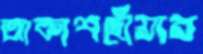
আকাশছোঁয়ার